Lunatic asylums Bombay report 1878-1890 - 1878-1890
Year: 1878
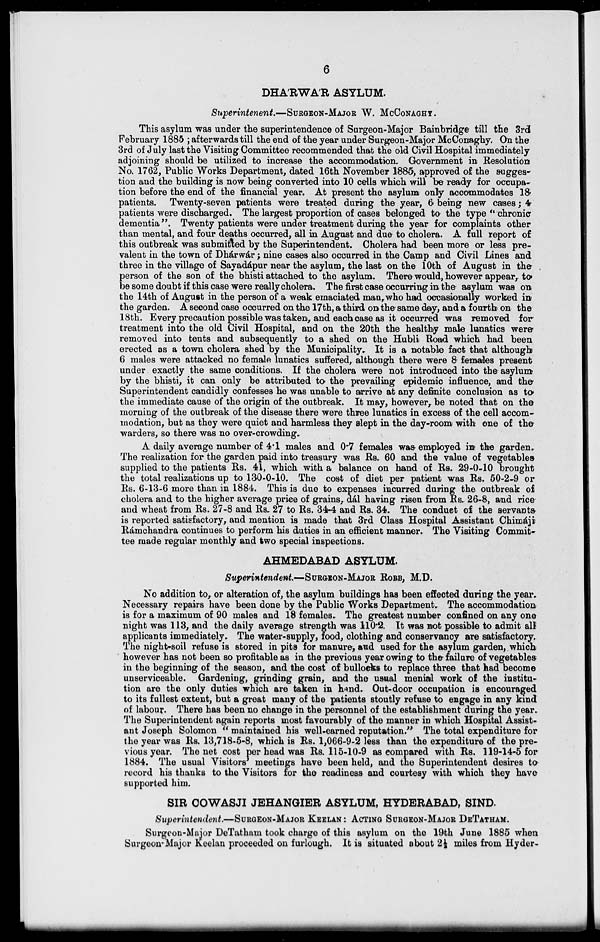
6
DHÁRWÁR ASYLUM.
Superintenent.—SURGEON-MAJOR W. McCONAGHY.
This asylum was under the superintendence of Surgeon-Major Bainbridge till the 3rd
February 1885 ; afterwards till the end of the year under Surgeon-Major McConaghy. On the
3rd of July last the Visiting Committee recommended that the old Civil Hospital immediately
adjoining should be utilized to increase the accommodation. Government in Resolution
No. 1762, Public Works Department, dated 16th November 1885, approved of the sugges-
tion and the building is now being converted into 10 cells which will be ready for occupa-
tion before the end of the financial year. At present the asylum only accommodates 18.
patients. Twenty-seven patients were treated during the year, 6 being new cases ; 4.
patients were discharged. The largest proportion of cases belonged to the type "chronic
dementia". Twenty patients were under treatment during the year for complaints other
than mental, and four deaths occurred, all in August and due to cholera. A full report of
this outbreak was submitted by the Superintendent. Cholera had been more or less pre-
valent in the town of Dhárwár ; nine cases also occurred in the Camp and Civil Lines and
three in the village of Sayadápur near the asylum, the last on the 10th of August in the .
person of the son of the bhisti attached to the asylum. There would, however appear, to
be some doubt if this case were really cholera. The first case occurring in the asylum was on
the 14th of August in the person of a weak emaciated man, who had occasionally worked in
the garden. A second case occurred on the 17th, a third on the same day, and a fourth on the
18th. Every precaution possible was taken, and each case as it occurred was removed for
treatment into the old Civil Hospital, and on the 20th the healthy male lunatics were
removed into tents and subsequently to a shed on the Hubli Road which had been
erected as a town cholera shed by the Municipality. It is a notable fact that although
6 males were attacked no female lunatics suffered, although there were & females present
under exactly the same conditions. If the cholera were not introduced into the asylum
by the bhisti, it can only be attributed to the prevailing epidemic influence, and the
Superintendent candidly confesses he was unable to arrive at any definite conclusion as to
the immediate cause of the origin of the outbreak. It may, however, be noted that on the
morning of the outbreak of the disease there were three lunatics in excess of the cell accom-
modation, but as they were quiet and harmless they slept in the day-room with one of the
warders, so there was no over-crowding.
A daily average number of 4.1 males and 0.7 females was employed in the garden.
The realization for the garden paid into treasury was Rs. 60 and the value of vegetables
supplied to the patients Rs. 41, which with a balance on hand of Rs. 29-0-10 brought
the total realizations up to 130-0-10. The cost of diet per patient was Rs. 50-2-9 or
Rs. 6-13-6 more than in 1884. This is due to expenses incurred during the outbreak of
cholera and to the higher average price of grains, dál having risen from Rs. 26.8, and rice
and wheat from Rs. 27-8 and Rs. 27 to Rs. 34-4 and Rs. 34. The conduct of the servants
is reported satisfactory, and mention is made that 3rd Class Hospital Assistant Chimáji
Rámchandra continues to perform his duties in an efficient manner. The Visiting Commit-
tee made regular monthly and two special inspections.
AHMEDABAD ASYLUM.
Superintendent.—SURGEON-MAJOR ROBB, M.D.
No addition to, or alteration of, the asylum buildings has been effected during the year.
Necessary repairs have been done by the Public Works Department. The accommodation
is for a maximum of 90 males and 18 females. The greatest number confined on any one
night was 113, and the daily average strength was 110.2. It was not possible to admit all
applicants immediately. The water-supply, food, clothing and conservancy are satisfactory.
The night-soil refuse is stored in pits for manure, and used for the asylum garden, which
however has not been so profitable as in the previous year owing to the failure of vegetables
in the beginning of the season, and the cost of bullocks to replace three that had become
unserviceable. Gardening, grinding grain, and the usual menial work of the institu-
tion are the only duties which are taken in hand. Out-door occupation is encouraged
to its fullest extent, but a great many of the patients stoutly refuse to engage in any kind
of labour. There has been no change in the personnel of the establishment during the year.
The Superintendent again reports most favourably of the manner in which Hospital Assist-
ant Joseph Solomon " maintained his well-earned reputation." The total expenditure for
the year was Rs. 13,718-5-8, which is Rs. 1,066-9-2 less than the expenditure of the pre-
vious year. The net cost per head was Rs. 115-10-9 as compared with Rs. 119-14-5 for
1884. The usual Visitors' meetings have been held, and the Superintendent desires to
record his thanks to the Visitors for the readiness and courtesy with which they have
supported him.
SIR COWASJI JEHANGIER ASYLUM, HYDERABAD, SIND.
Superintendent.—SURGEON-MAJOR KEELAN : ACTING SURGEON-MAJOR DETATHAM.
Surgeon-Major DeTatham took charge of this asylum on the 19th June 1885 when
Surgeon-Major Keelan proceeded on furlough. It is situated about 2½ miles from Hyder-